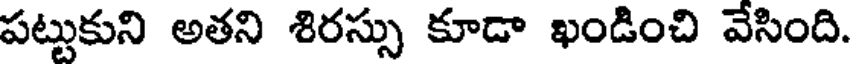
పట్టుకుని అతని శిరస్సు కూడా ఖండించి వేసింది.